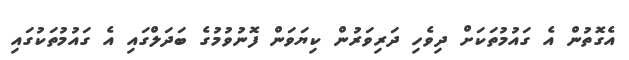
އެގޮތުން އެ ގައުމުތަކަށް ދިވެހި ދަރިވަރުން ކިޔަވަން ފޮނުވުމުގެ ބަދަލްގައި އެ ގައުމުތަކުގައި